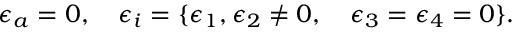
\epsilon _ { a } = 0 , ~ ~ ~ \epsilon _ { i } = \{ \epsilon _ { 1 } , \epsilon _ { 2 } \not = 0 , ~ ~ ~ \epsilon _ { 3 } = \epsilon _ { 4 } = 0 \} .